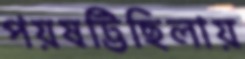
পয়ষট্টিছিলায়